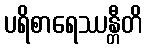
ပရိစာရေဿန္တီတိ